Medical and sanitary report of the native army of Madras for the year
Year: 1878
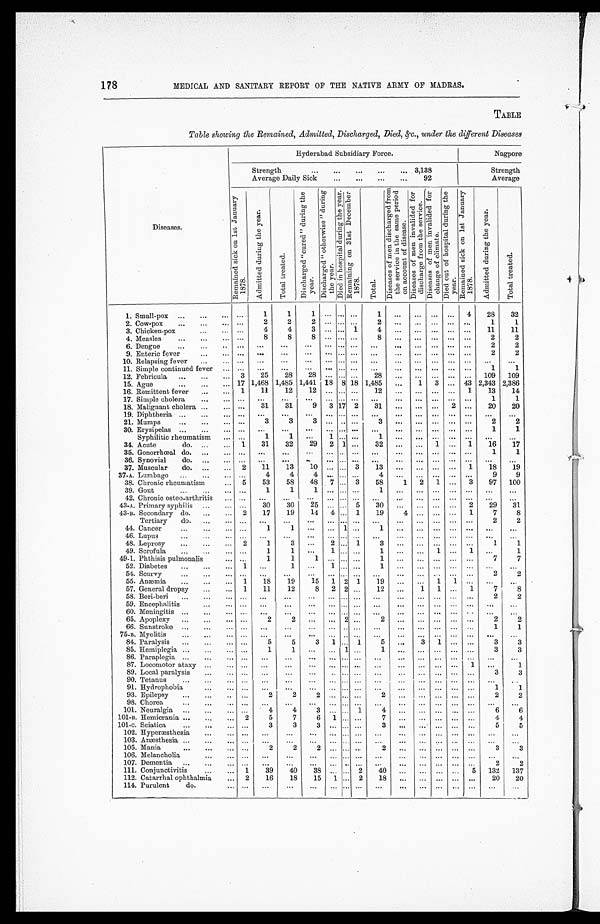
178
MEDICAL AND SANITARY REPORT OF THE NATIVE ARMY OF MADRAS.
TABLE
Table showing the Remained, Admitted, Discharged, Died, &c., under the different Diseases
Diseases.
Hyderabad Subsidiary Force.
Nagpore
Strength . . . 3,138
Strength
Average Daily Sick . . . 92
Average
R e m a i n e d s i c k o n 1 s t J a n u a r y 1 8 7 8 .
A d m i t t e d d u r i n g t h e y e a r .
T o t a l t r e a t e d .
D i s c h a r g e d " c u r e d " d u r i n g t h e y e a r .
D i s c h a r e d " o t h e r w i s e " d u r i n g t h e y e a r .
D i e d i n h o s p i t a l d u r i n g t h e y e a r . R e m a i n i n g o n 3 1 s t D e c e m b e r 1 8 7 8 .
T o t a l .
D i s e a s e s o f m e n d i s c h a r g e d f r o m t h e s e r v i c e i n t h e s a m e p e r i o d o n a c c o u n t o f d i s e a s e . D i s e a s e s o f m e n i n v a l i d e d f o r d i s c h a r g e f r o m t h e s e r v i c e .
D i s e a s e s o f m e n i n v a l i d e d f o r c h a n g e o f c l i m a t e .
D i e d o u t o f h o s p i t a l d u r i n g t h e y e a r .
R e m a i n e d s i c k o n 1 s t J a n u a r y 1 8 7 8 .
A d m i t t e d d u r i n g t h e y e a r .
T o t a l t r e a t e d .
1. Small-pox . . .
. . .
1
1
1
. . .
. . .
. . .
1
. . .
. . .
. . .
. . .
4
28
32
2. Cow-pox . . .
. . .
2
2
2
. . .
. . .
. . .
2
. . .
. . .
. . .
. . .
. . .
1
1
3. Chicken-pox . . .
. . .
4
4
3
. . .
. . . 1
4
. . .
. . .
. . .
. . .
. . .
11
11
4. Measles . . .
. . .
8
8
8
. . .
. . .
. . .
8
. . .
. . .
. . .
. . .
. . .
2
2
6. Dengue . . .
. . .
. . .
. . .
. . .
. . .
. . .
. . .
. . .
. . .
. . .
. . .
. . .
. . .
2
2
9. Enteric fever . . .
. . .
. . .
. . .
. . .
. . .
. . .
. . .
. . .
. . .
. . .
. . .
. . .
. . .
2
2
10. Relapsing fever . . .
. . .
. . .
. . .
. . .
. . .
. . .
. . .
. . .
. . .
. . .
. . .
. . .
. . .
. . .
. . .
11. Simple continued fever . . .
. . .
. . .
. . .
. . .
. . .
. . .
. . .
. . .
. . .
. . .
. . .
. . .
. . .
1
1
12. Febricula . . .
3
25
28
28
. . .
. . .
. . .
28
. . .
. . .
. . .
. . .
. . .
109
109
15. Ague . . .
17 1,468 1,485 1,441
18
8 18 1,485
. . .
1
3
. . . 43 2,343 2,386
16. Remittent fever . . .
1
11
12
1 2
. . .
. . .
. . .
1 2
. . .
. . .
. . .
. . .
1
13
14
17. Simple cholera . . .
. . .
. . .
. . .
. . .
. . . . . .
. . .. . .
. . .
. . .
. . .
. . .
. . .
1
1
18. Malignant cholera . . .
. . .
31
31
9
3 17
2 31
. . .
. . .
. . .
2
. . .
20
20
19. Diphtheria . . .
. . .
. . .
. . .
. . .
. . .
. . .
. . .
. . .
. . .
. . .
. . .
. . .
. . .
. . .
. . .
21. Mumps . . .
. . .
3
3
3
. . . . . .
. . .
3
. . .
. . .
. . .
. . .
. . .
2
2
30. Erysipelas . . .
. . .
. . .
. . .
. . .
. . . . . .
. . .
. . .
. . .
. . .
. . .
. . .
. . .
1
1
Syphilitic rheumatism . . .
. . .
1
1
. . .
1
. . .
. . .
1
. . .
. . .
. . .
. . .
. . .
. . .
. . .
34. Acute do. . . .
1
31
32
29
2
1
. . .
32
. . .
. . .
1
. . .
1
16
17
35. Gonorrhceal do. . . .
. . .
. . .
. . .
. . .
. . . . . .
. . .
. . .
. . .
. . .
. . .
. . .
. . .
1
1
36. Synovial do. . . .
. . .
. . .
. . .
. . .
. . . . . .
. . .
. . .
. . .
. . .
. . .
. . .
. . .
. . .
. . .
37. Muscular do. . . .
2
11
13
10
. . .
. . . 3
13
. . .
. . .
. . .
. . .
1
18
19
37-A. Lumbago . . .
. . .
4
4
4
. . .
. . .
. . .
4
. . .
. . .
. . .
. . .
. . .
9
9
38. Chronic rheumatism . . .
5
53
58
48
7
. . . 3
58
1
2
1
. . .
3
97
100
39. Gout . . .
. . .
1
1
1
. . .
. . .
. . .
1
. . .
. . .
. . .
. . .
. . .
. . .
. . .
42. Chronic osteo-arthritis . . .
. . .
. . .
. . .
. . .
. . .
. . .
. . .
. . .
. . .
. . .
. . .
. . .
. . .
. . .
. . .
43-A. Primary syphilis . . .
. . .
30
30
25
. . .
. . . 5
30
. . .
. . .
. . .
. . .
2
29
31
43-B. Secondary do. . . .
2
17
19
14
4
. . . 1
19
4
. . .
. . .
. . .
1
7
8
Tertiary do. . . .
. . .
. . .
. . .
. . .
. . .
. . .
. . .
. . .
. . .
. . .
. . .
. . .
. . .
2
2
44. Cancer . . .
. . .
1
1
. . .
. . .
1
. . .
1
. . .
. . .
. . .
. . .
. . .
. . .
. . .
46. Lupus . . .
. . .
. . .
. . .
. . .
. . .
. . .
. . .
. . .
. . .
. . .
. . .
. . .
. . .
. . .
. . .
48. Leprosy . . .
2
1
3
. . .
2
. . . 1
3
. . .
. . .
. . .
. . .
. . .
1
1
49. Scrofula . . .
. . .
1
1
. . .
1
. . .
. . .
1
. . .
. . .
1
. . .
1
. . .
1
49-1. Phthisis pulmonalis . . .
. . .
1
1
1
. . .
. . .
. . .
1
. . .
. . .
. . .
. . .
. . .
7
7
52. Diabetes . . .
1
. . .
1
. . .
1
. . .
. . .
1
. . .
. . .
. . .
. . .
. . .
. . .
. . .
54. Scurvy . . .
. . .
. . .
. . .
. . .
. . .
. . .
. . . . . .
. . .
. . .
. . .
. . .
. . .
2
2
55. Anæmia . . .
1
18
19
15
1
2
1
19
. . .
. . .
1
1
. . .
. . .
. . .
57. General dropsy . . .
1
11
12
8
2
2
. . .
12
. . .
1
1
. . .
1
7
8
58. Beri-beri . . .
. . .
. . .
. . .
. . .
. . .
. . .
. . .
. . .
. . .
. . .
. . .
. . .
. . .
2
2
59. Encephalitis . . .
. . .
. . .
. . .
. . .
. . .
. . .
. . .
. . .
. . .
. . .
. . .
. . .
. . .
. . .
. . .
60. Meningitis . . .
. . .
. . .
. . .
. . .
. . .
. . .
. . .
. . .
. . .
. . .
. . .
. . .
. . .
. . .
. . .
65. Apoplexy . . .
. . .
2
2
. . .
. . .
2
. . .
2
. . .
. . .
. . .
. . .
. . .
2
2
66. Sunstroke . . .
. . .
. . .
. . .
. . .
. . .
. . .
. . .
. . .
. . .
. . .
. . .
. . .
. . .
1
1
75-B. Myelitis . . .
. . .
. . .
. . .
. . .
. . .
. . .
. . .
. . .
. . .
. . .
. . .
. . .
. . .
. . .
. . .
84. Paralysis . . .
. . .
5
5
3
1
. . . 1
5
. . .
3
1
. . .
. . .
3
3
85. Hemiplegia . . .
. . .
1
1
. . .
. . .
1
. . .
1
. . .
. . .
. . .
. . .
. . .
3
3
86. Paraplegia . . .
. . .
. . .
. . .
. . .
. . .
. . .
. . .
. . .
. . .
. . .
. . .
. . .
. . .
. . .
. . .
87. Locomotor ataxy . . .
. . .
. . .. . .
. . .
. . .
. . .
. . .
. . .
. . .
. . .
. . .
. . .
1
. . .
1
89. Local paralysis . . .
. . .
. . .
. . .
. . .
. . .
. . .
. . .
. . .
. . .
. . .
. . .
. . .
. . .
3
3
90. Tetanus . . .
. . .
. . .
. . .
. . .
. . .
. . .
. . .
. . .
. . .
. . .
. . .
. . .
. . .
. . .
. . .
91. Hydrophobia . . .
. . .
. . .
. . .
. . .
. . .
. . .
. . .
. . .
. . .
. . .
. . .
. . .
. . .
1
1
93. Epilepsy . . .
. . .
2
2
2
. . .
. . .
. . .
2
. . .
. . .
. . .
. . .
. . .
2
2
98. Chorea . . .
. . .
. . .
. . .
. . .
. . .
. . .
. . .
. . .
. . .
. . .
. . .
. . .
. . .
. . .
. . .
101. Neuralgia . . .
. . .
4
4
3
. . .
. . . 1
4
. . .
. . .
. . .
. . .
. . .
6
6
101-B. Hemicrania . . .
2
5
7
6
1
. . .
. . .
7
. . .
. . .
. . .
. . .
. . .
4
4
101-c. Sciatica . . .
. . .
3
3
. . .
. . .
. . .
. . .
. . .
. . .
. . .
. . .
. . .
. . .
5
5
102. Hyperæsthesia . . .
. . .
. . .
. . .
. . .
. . .
. . .
. . .
. . .
. . .
. . .
. . .
. . .
. . .
. . .
. . .
103. Anæsthesia . . .
. . .
. . .
. . .
. . .
. . .
. . .
. . .
. . .
. . .
. . .
. . .
. . .
. . .
. . .
. . .
105. Mania . . .
. . .
2
2
2
. . .
. . .
. . .
2
. . .
. . .
. . .
. . .
. . .
3
3
106. Melancholia . . .
. . .
. . .
. . .
. . .
. . .
. . .
. . .
. . .
. . .
. . .
. . .
. . .
. . .
. . .
. . .
107. Dementia . . .
. . .
. . .
. . .
. . .
. . .
. . .
. . .
. . .
. . .
. . .
. . .
. . .
. . .
2
2
111. Conjunctivitis . . .
1
39
40
38
. . .
. . . 2
40
. . .
. . .
. . .
. . .
5
132
137
112. Catarrhal ophthalmia . . .
2
16
18
15
1
. . . 2
18
. . .
. . .
. . .
. . .
. . .
20
20
114. Purulent do. . . .
. . .
. . .
. . .
. . .
. . .
. . .
. . .
. . .
. . .
. . .
. . .
. . .
. . .
. . .
. . .